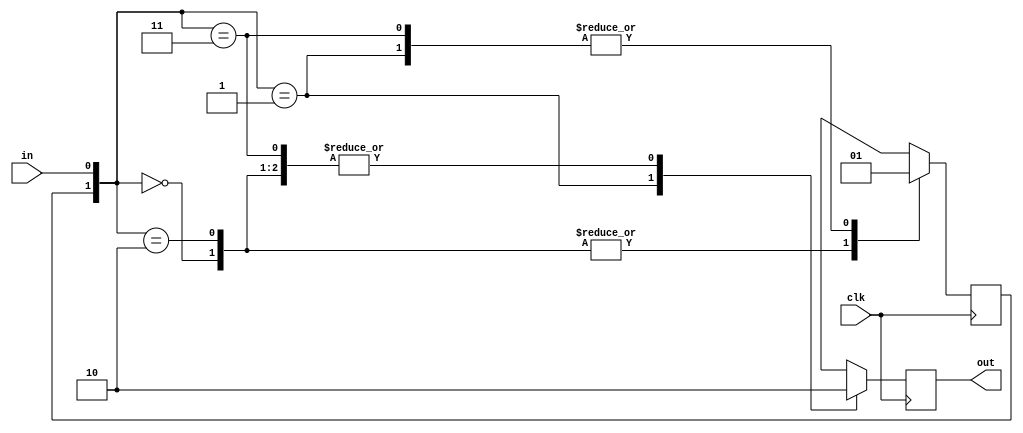
`timescale 1ns / 1ps
//////////////////////////////////////////////////////////////////////////////////
// Company: 
// Engineer: 
// 
// Design Name: 
// Module Name: singlePulser
// Project Name: 
// Target Devices: 
// Tool Versions: 
// Description: 
// 
// Dependencies: 
// 
// Revision:
// Revision 0.01 - File Created
// Additional Comments:
// 
//////////////////////////////////////////////////////////////////////////////////


module singlePulser(
    output reg out,
    input wire clk,
    input wire in
    );
    
    reg st = 0;
    initial
    begin
        out = 0;
    end
    always @(posedge clk)
    begin
        out = 0;
        case({st,in})
            2'b00: 
            begin
                st = 0;
            end
            2'b01: 
            begin
                st = 1;
                out = 1;
            end
            2'b10: 
            begin
                st = 0;
            end
            2'b11:
            begin
                st = 1;
            end
        endcase
    end
    
endmodule